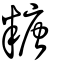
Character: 糖